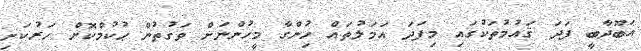
އަބޫދާބީ ފަދަ ޤައުމުތަކުގައި މިފަދަ އަމަލުތައް ހުިންގާ މީހުންނަށް ވަގުތުން ޙުކުމްކޮށް ހަރުކަށި